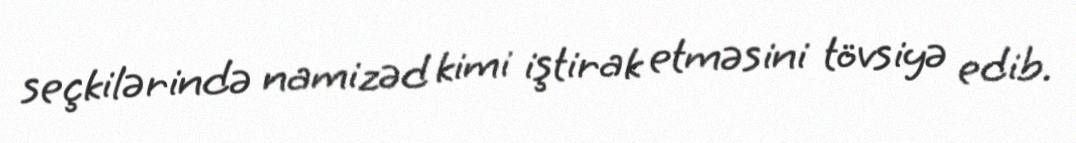
seçkilərində namizəd kimi iştirak etməsini tövsiyə edib.